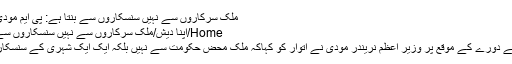
ملک سرکاروں سے نہیں سنسکاروں سے بنتا ہے: پی ایم مودی - Sach Ki Awaz
Home/اپنا دیش/ملک سرکاروں سے نہیں سنسکاروں سے بنتا ہے: پی ایم مودی
اپنے پارلیمانی حلقے کے دورے کے موقع پر وزیر اعظم نریندر مودی نے اتوار کو کہاکہ ملک محض حکومت سے نہیں بلکہ ایک ایک شہری کے سنسکار (تہذیب) سے بنتا ہے۔